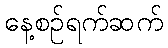
နေ့စဉ်ရက်ဆက်